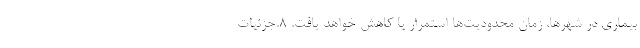
بیماری در شهرها، زمان محدودیت‌ها استمرار یا کاهش خواهد یافت. ۸.جزئیات